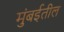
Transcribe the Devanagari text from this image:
मुंबर्इतील